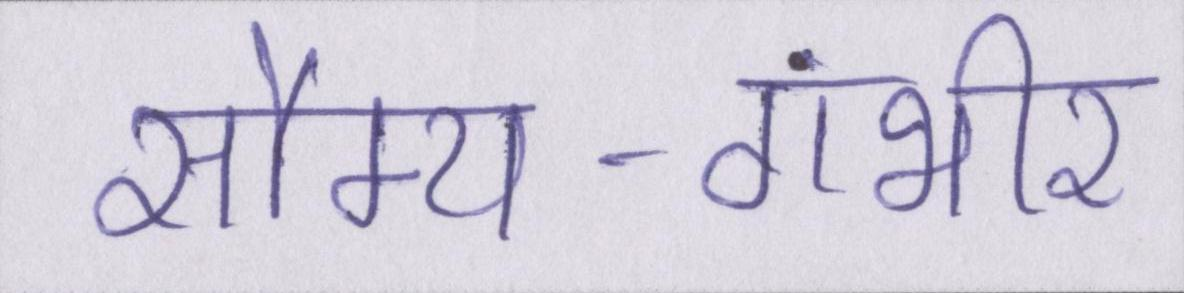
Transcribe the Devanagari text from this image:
सौम्य-गंभीर